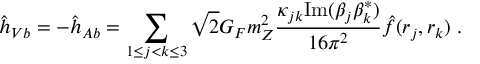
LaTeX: { \hat { h } } _ { V b } = - { \hat { h } } _ { A b } = \sum _ { 1 \le j < k \le 3 } \sqrt { 2 } G _ { F } m _ { Z } ^ { 2 } \frac { \kappa _ { j k } \mathrm { I m } ( \beta _ { j } \beta _ { k } ^ { * } ) } { 1 6 \pi ^ { 2 } } { \hat { f } } ( r _ { j } , r _ { k } ) \; .